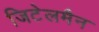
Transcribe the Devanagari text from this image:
जिटेलमैन